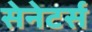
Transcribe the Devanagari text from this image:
सेनेटर्स